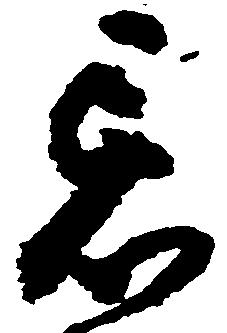
忌